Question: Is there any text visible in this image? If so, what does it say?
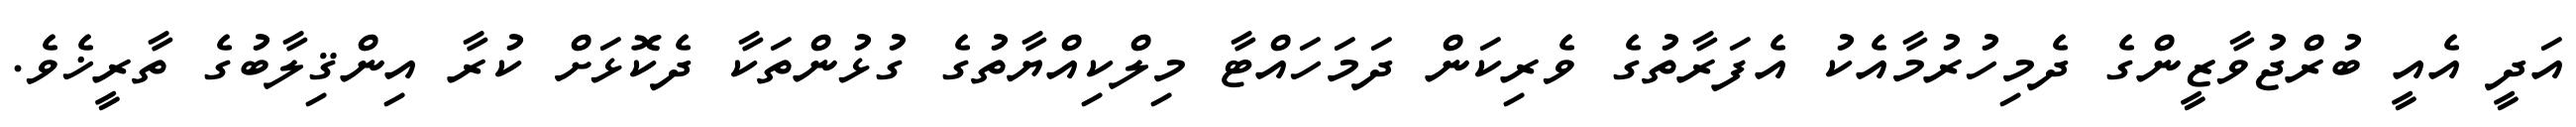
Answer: އަދީ އެއީ ބުރްޖުވާޒީންގެ ދެމިހުރުމާއެކު އެފަރާތުގެ ވެރިކަން ދަމަހައްޓާ މިލްކިއްޔާތުގެ ގުޅުންތަކާ ދެކޮޅަށް ކުރާ އިންޤިލާބުގެ ތާރީޚެވެ.